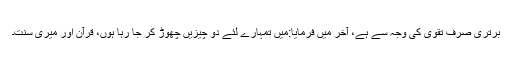
برتری صرف تقویٰ کی وجہ سے ہے، آخر میں فرمایا:مَیں تمہارے لئے دو چیزیں چھوڑ کر جا رہا ہوں، قرآن اور میری سنت۔